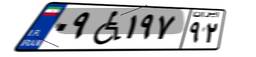
۰۹W۱۹۷۹۲